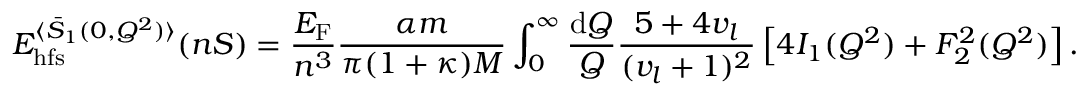
E _ { \mathrm { h f s } } ^ { \langle \bar { S } _ { 1 } ( 0 , Q ^ { 2 } ) \rangle } ( n S ) = \frac { E _ { \mathrm { F } } } { n ^ { 3 } } \frac { \alpha m } { \pi ( 1 + \kappa ) M } \int _ { 0 } ^ { \infty } \frac { \mathrm { d } Q } { Q } \frac { 5 + 4 v _ { l } } { ( v _ { l } + 1 ) ^ { 2 } } \left[ 4 I _ { 1 } ( Q ^ { 2 } ) + F _ { 2 } ^ { 2 } ( Q ^ { 2 } ) \right] .